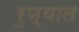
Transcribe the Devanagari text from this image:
रुण्याल